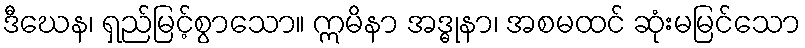
ဒီဃေန၊ ရှည်မြင့်စွာသော။ ဣမိနာ အဒ္ဓုနာ၊ အစမထင် ဆုံးမမြင်သော